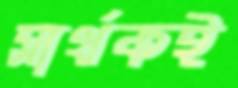
সার্থকই